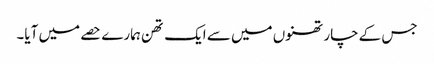
جس کے چار تھنوں میں سے ایک تھن ہمارے حصے میں آیا۔